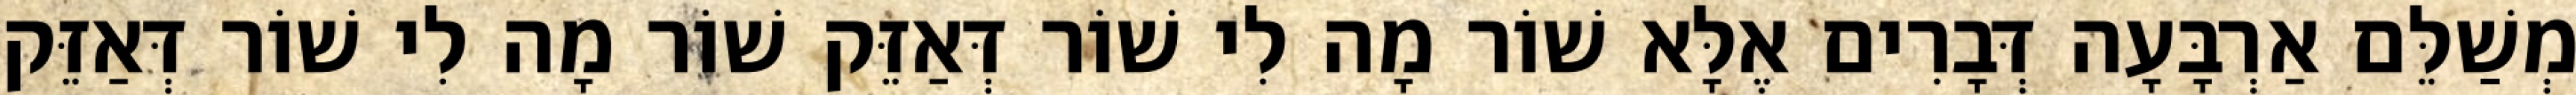
מְשַׁלֵּם אַרְבָּעָה דְּבָרִים אֶלָּא שׁוֹר מָה לִי שׁוֹר דְּאַזֵּק שׁוֹר מָה לִי שׁוֹר דְּאַזֵּק